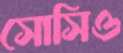
সোসিও